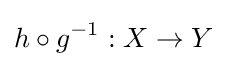
h\circ g^{-1}:X\to Y